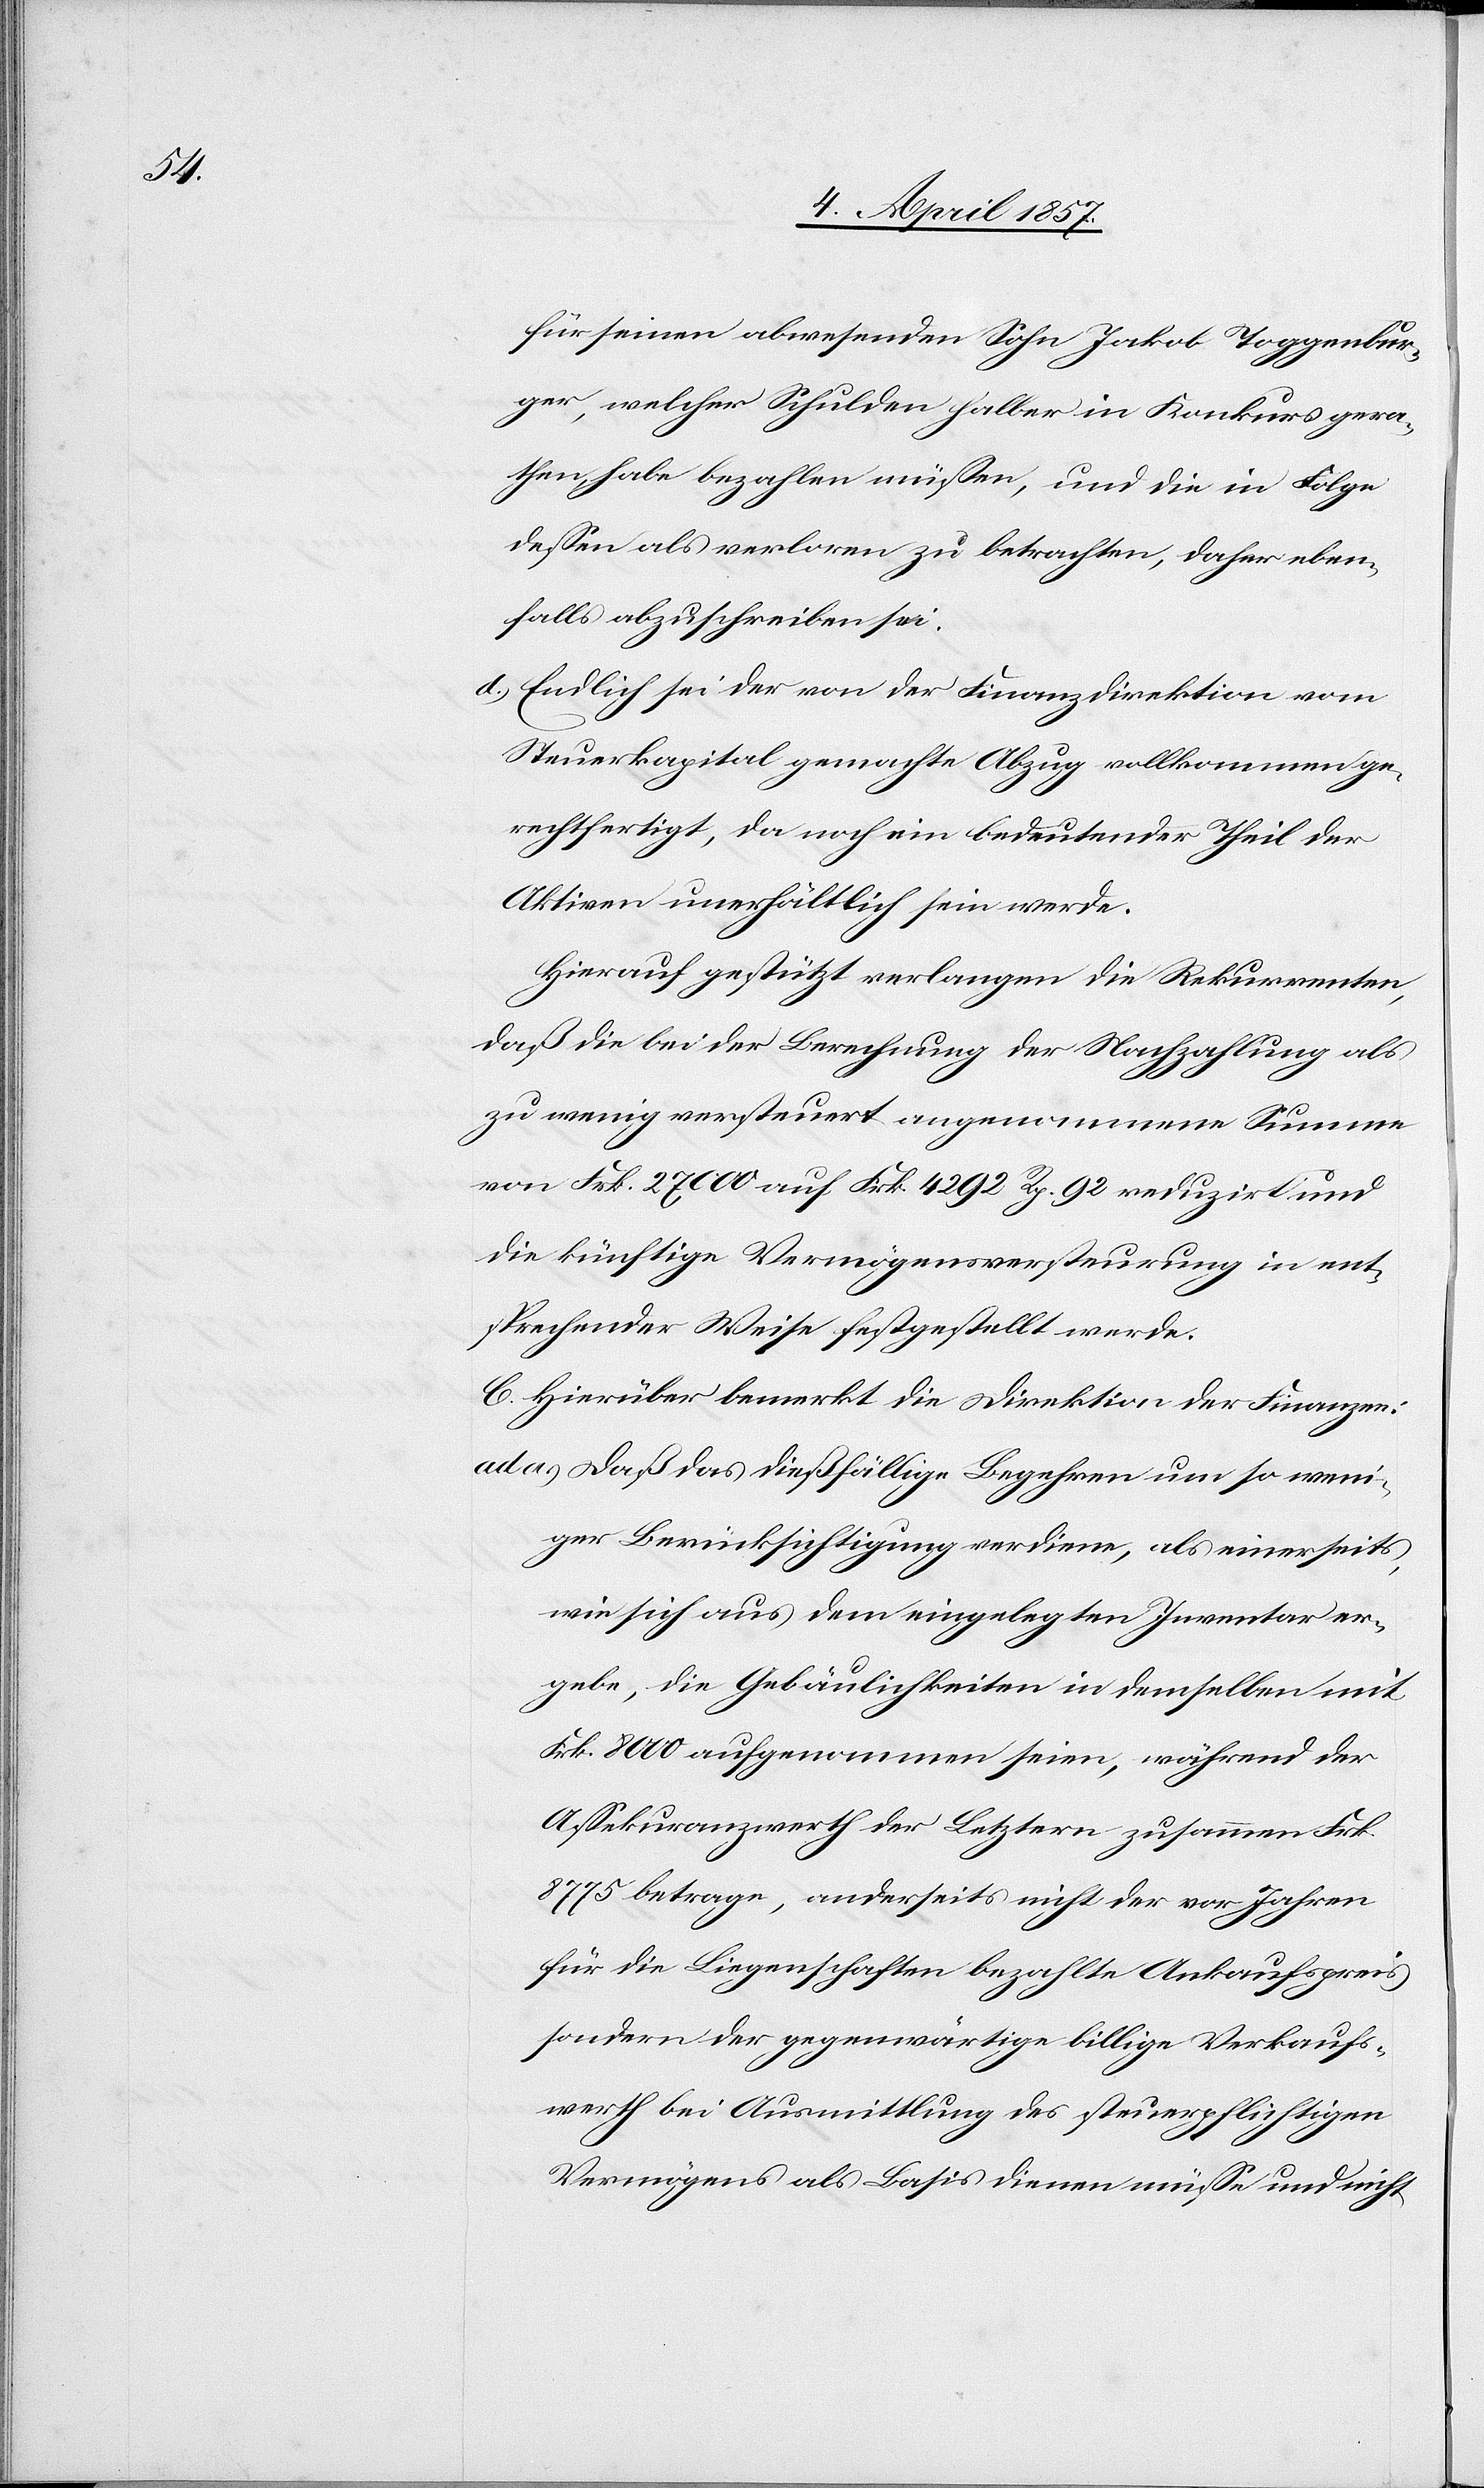
für seinen abwesenden Sohn Jakob Toggenbur¬
ger, welcher Schulden halber in Konkurs gera¬
then habe bezahlen müssen, und die in Folge
dessen als verloren zu betrachten, daher eben¬
falls abzuschreiben sei.
d.) Endlich sei der von der Finanzdirektion vom
Steuerkapital gemachte Abzug vollkommen ge¬
rechtfertigt, da noch ein bedeutender Theil der
Aktiven unerhältlich sein werde.
Hierauf gestützt verlangen die Rekurrenten,
daß die bei der Berechnung der Nachzahlung als
zu wenig versteuert angenommene Summe
von Frk. 27 000 auf Frk. 4292 Rp. 92 reduzirt und
die künftige Vermögensversteurung in ent¬
sprechender Weise festgestellt werde.
C. Hierüber bemerkt die Direktion der Finanzen:
ad a) Daß das dießfällige Begehren um so weni¬
ger Berücksichtigung verdiene, als einerseits,
wie sich aus dem eingelegten Inventar er¬
geben, die Gebäulichkeiten in demselben mit
Frk. 8000 aufgenommen seien, während der
Assekuranzwerth der Letztern zusammen Frk.
8775 betrage, anderseits nicht der vor Jahren
für die Liegenschaften bezahlte Ankaufspreis
sondern der gegenwärtige billige Verkaufs¬
werth bei Ausmittlung des steuerpflichtigen
Vermögens als Basis dienen müsse und nicht